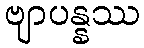
ဗျာပန္နဿ